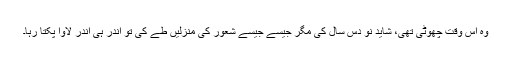
وہ اس وقت چھوٹی تھی، شاید نو دس سال کی مگر جیسے جیسے شعور کی منزلیں طے کی تو اندر ہی اندر لاوا پکتا رہا۔